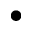
\bullet